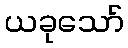
ယခုသော်